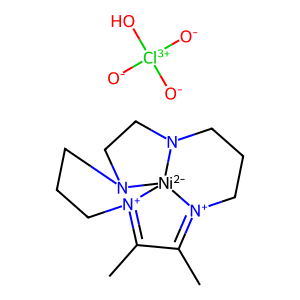
SMILES: CC1=[N+]2CCCN3CCN4CCC[N+](=C1C)[Ni-2]342.[O-][Cl+3]([O-])([O-])O
Inhibits HIV replication: No